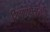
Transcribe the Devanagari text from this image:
शिक्षणक्षेत्रातही